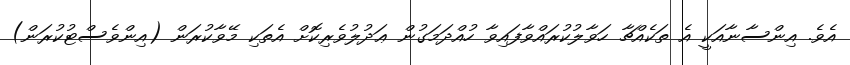
އެވެ. އިންސާނާއަކީ އެ ތަކެއްޗާ ހަވާލުކުރައްވާފައިވާ ހުއްދަމަގުން ޢަދުލުވެރިކޮށް އެތަކި މޭވާކުރަން (އިންވެސްޓުކުރަން)